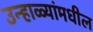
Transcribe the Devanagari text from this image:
उन्हाळ्यांमधील